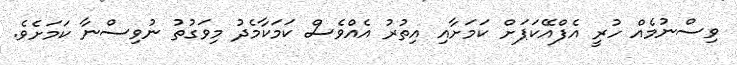
ވިސްނުމެއް ހުރީ އެފްއޭކަޕަށް ކަމަށާއި އިތުރު އެއްވެސް ކަމަކާމެދު މިވަގުތު ނުވިސްނާ ކަމަށެވެ.